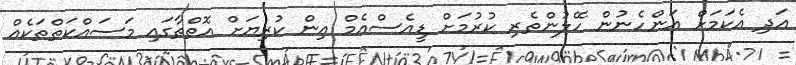
އަދި އެކަމަށް އަންހެނުން ހޭލުންތެރި ކުރުމަށް ޑީއެސްއެމް އިން ކުރިޔަށް އޮތްތާގައި މަސައްކަތްތަކެއް